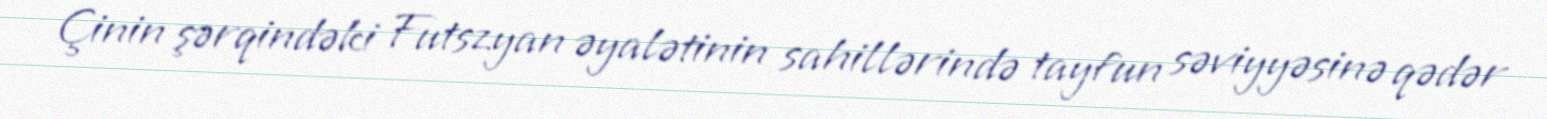
Çinin şərqindəki Futszyan əyalətinin sahillərində tayfun səviyyəsinə qədər